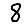
Digit: 8